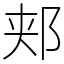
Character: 郏